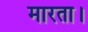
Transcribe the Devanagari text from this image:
मारता।